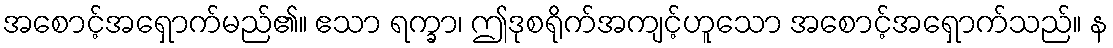
အစောင့်အရှောက်မည်၏။ ဧသာ ရက္ခာ၊ ဤဒုစရိုက်အကျင့်ဟူသော အစောင့်အရှောက်သည်။ န